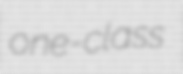
one-class